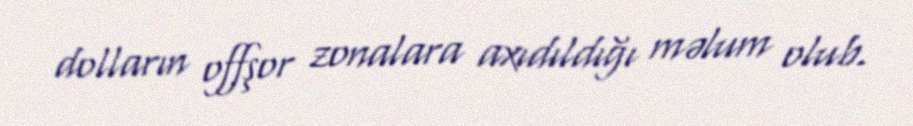
dolların offşor zonalara axıdıldığı məlum olub.